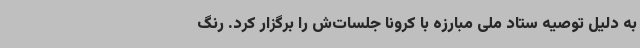
به دلیل توصیه ستاد ملی مبارزه با کرونا جلسات‌ش را برگزار کرد. رنگ